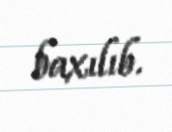
baxılıb.